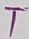
Text: T